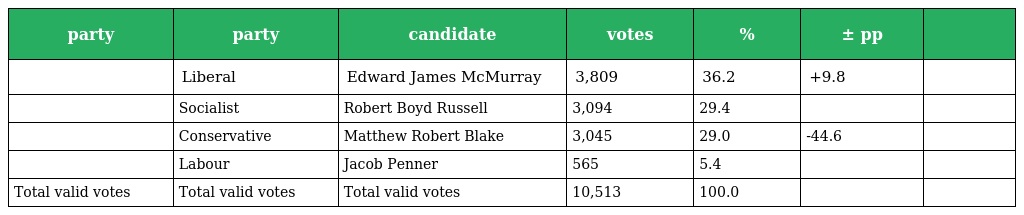
| party | party | candidate | votes | % | ± pp |  |
 | --- | --- | --- | --- | --- | --- | --- |
 |  | Liberal | Edward James McMurray | 3,809 | 36.2 | +9.8 |  |
 |  | Socialist | Robert Boyd Russell | 3,094 | 29.4 |  |  |
 |  | Conservative | Matthew Robert Blake | 3,045 | 29.0 | -44.6 |  |
 |  | Labour | Jacob Penner | 565 | 5.4 |  |  |
 | Total valid votes | Total valid votes | Total valid votes | 10,513 | 100.0 |  |  |